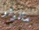
مانولو